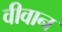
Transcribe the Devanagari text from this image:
वीवान